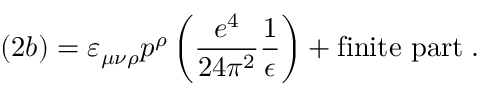
( 2 b ) = \varepsilon _ { \mu \nu \rho } p ^ { \rho } \left( \frac { e ^ { 4 } } { 2 4 \pi ^ { 2 } } \frac { 1 } { \epsilon } \right) + \mathrm { f i n i t e ~ p a r t } \; .